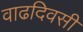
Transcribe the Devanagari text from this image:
वाढदिवसी